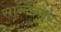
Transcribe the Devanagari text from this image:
सान्टेन्डर